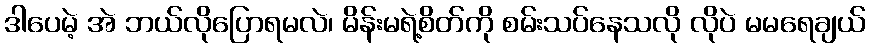
ဒါပေမဲ့ အဲ ဘယ်လိုပြောရမလဲ၊ မိန်းမရဲ့စိတ်ကို စမ်းသပ်နေသလို လိုပဲ မမရေချယ်